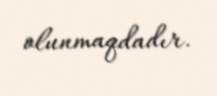
olunmaqdadır.